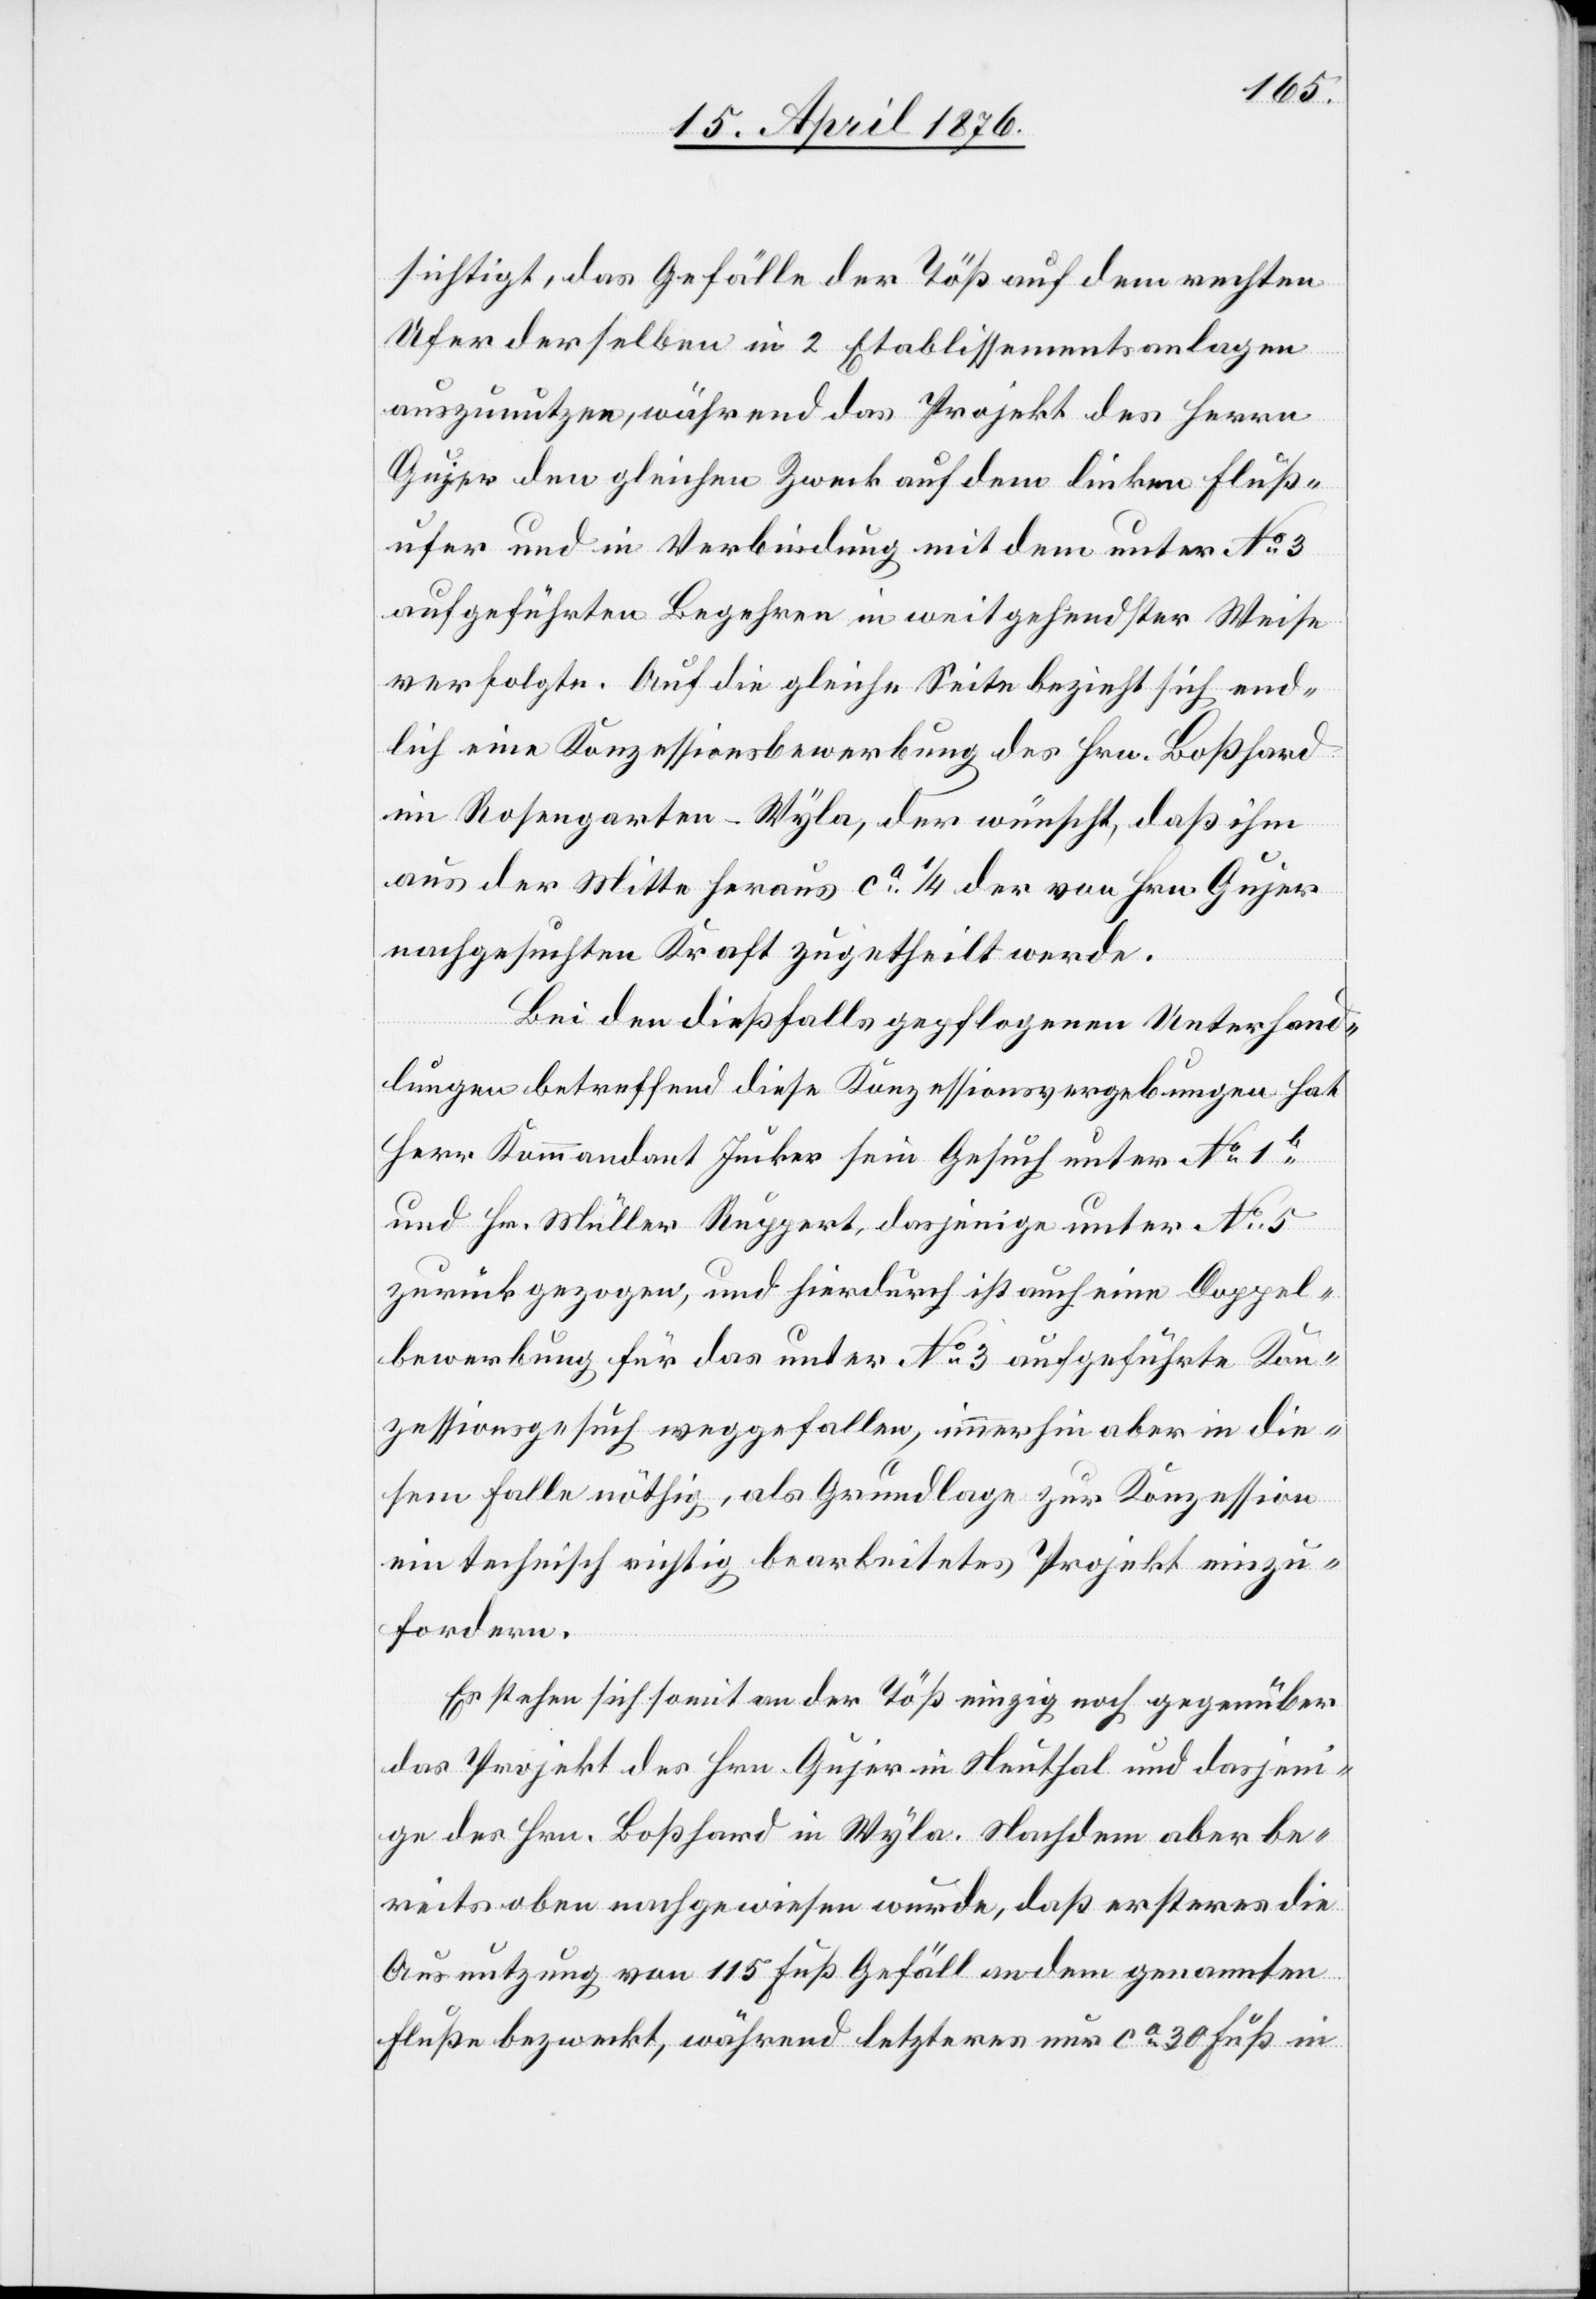
sichtigt, das Gefälle der Töß auf dem rechten
Ufer derselben in 2 Etablissementsanlagen
auszunutzen, während das Projekt des Herrn
Gujer den gleichen Zweck auf dem linken Fluß¬
ufer und in Verbindung mit dem unter No 3
aufgeführten Begehren in weitgehendster Weise
verfolgte. Auf die gleiche Seite bezieht sich end¬
lich eine Konzessionsbewerbung des Hrn. Boßhard
im Rosengarten - Wyla{Abstände}, der wünscht, daß ihm
aus der Mitte heraus ca 1/4 der von Hrn. Gujer
nachgesuchten Kraft zugetheilt werde.
Bei den dießfalls gepflogenen Unterhand¬
lungen betreffend diese Konzessionsvergebungen hat
Herr Kommandant Jucker sein Gesuch unter No 1b
und Hr. Müller Ruppert, dasjenige unter No 5
zurückgezogen, und hierdurch ist auch eine Doppel¬
bewerbung für das unter No 3 aufgeführte Kon¬
zessionsgesuch weggefallen, immerhin aber in die¬
sem Falle nöthig, als Grundlage zur Konzession
ein technisch richtig bearbeitetes Projekt einzu¬
fordern.
Es stehen sich somit an der Töß einzig noch gegenüber
das Projekt des Hrn. Gujer in Neuthal und dasjeni¬
ge des Hrn. Boßhard in Wyla. Nachdem aber be¬
reits oben nachgewiesen wurde, daß ersteres die
Ausnutzung von 115 Fuß Gefäll an dem genannten
Fluße bezweckt, während letzterer nur ca 30 Fuß in